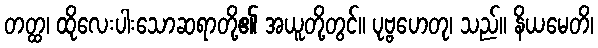
တတ္ထ၊ ထိုလေးပါးသောဆရာတို့၏ အယူတို့တွင်။ ပုဗ္ဗဟေတု၊ သည်။ နိယမေတိ၊